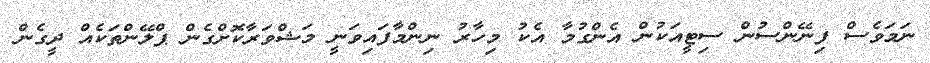
ނަމަވެސް ފިނޭންސުން ސިޓީއަކުން އެންގުމާ އެކު މިހާރު ނިންމާފައިވަނީ މަޝްވަރާކޮށްގެން ޕްލޭންތަކެއް ދީގެން